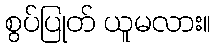
စွပ်ပြုတ် ယူမလား။